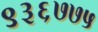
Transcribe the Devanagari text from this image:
९३६७७५